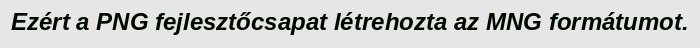
Ezért a PNG fejlesztőcsapat létrehozta az MNG formátumot.